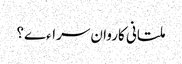
ملتانی کاروان سراءے؟